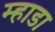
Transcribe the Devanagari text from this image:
म्हाडा